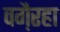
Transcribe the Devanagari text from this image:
वगै़रहा